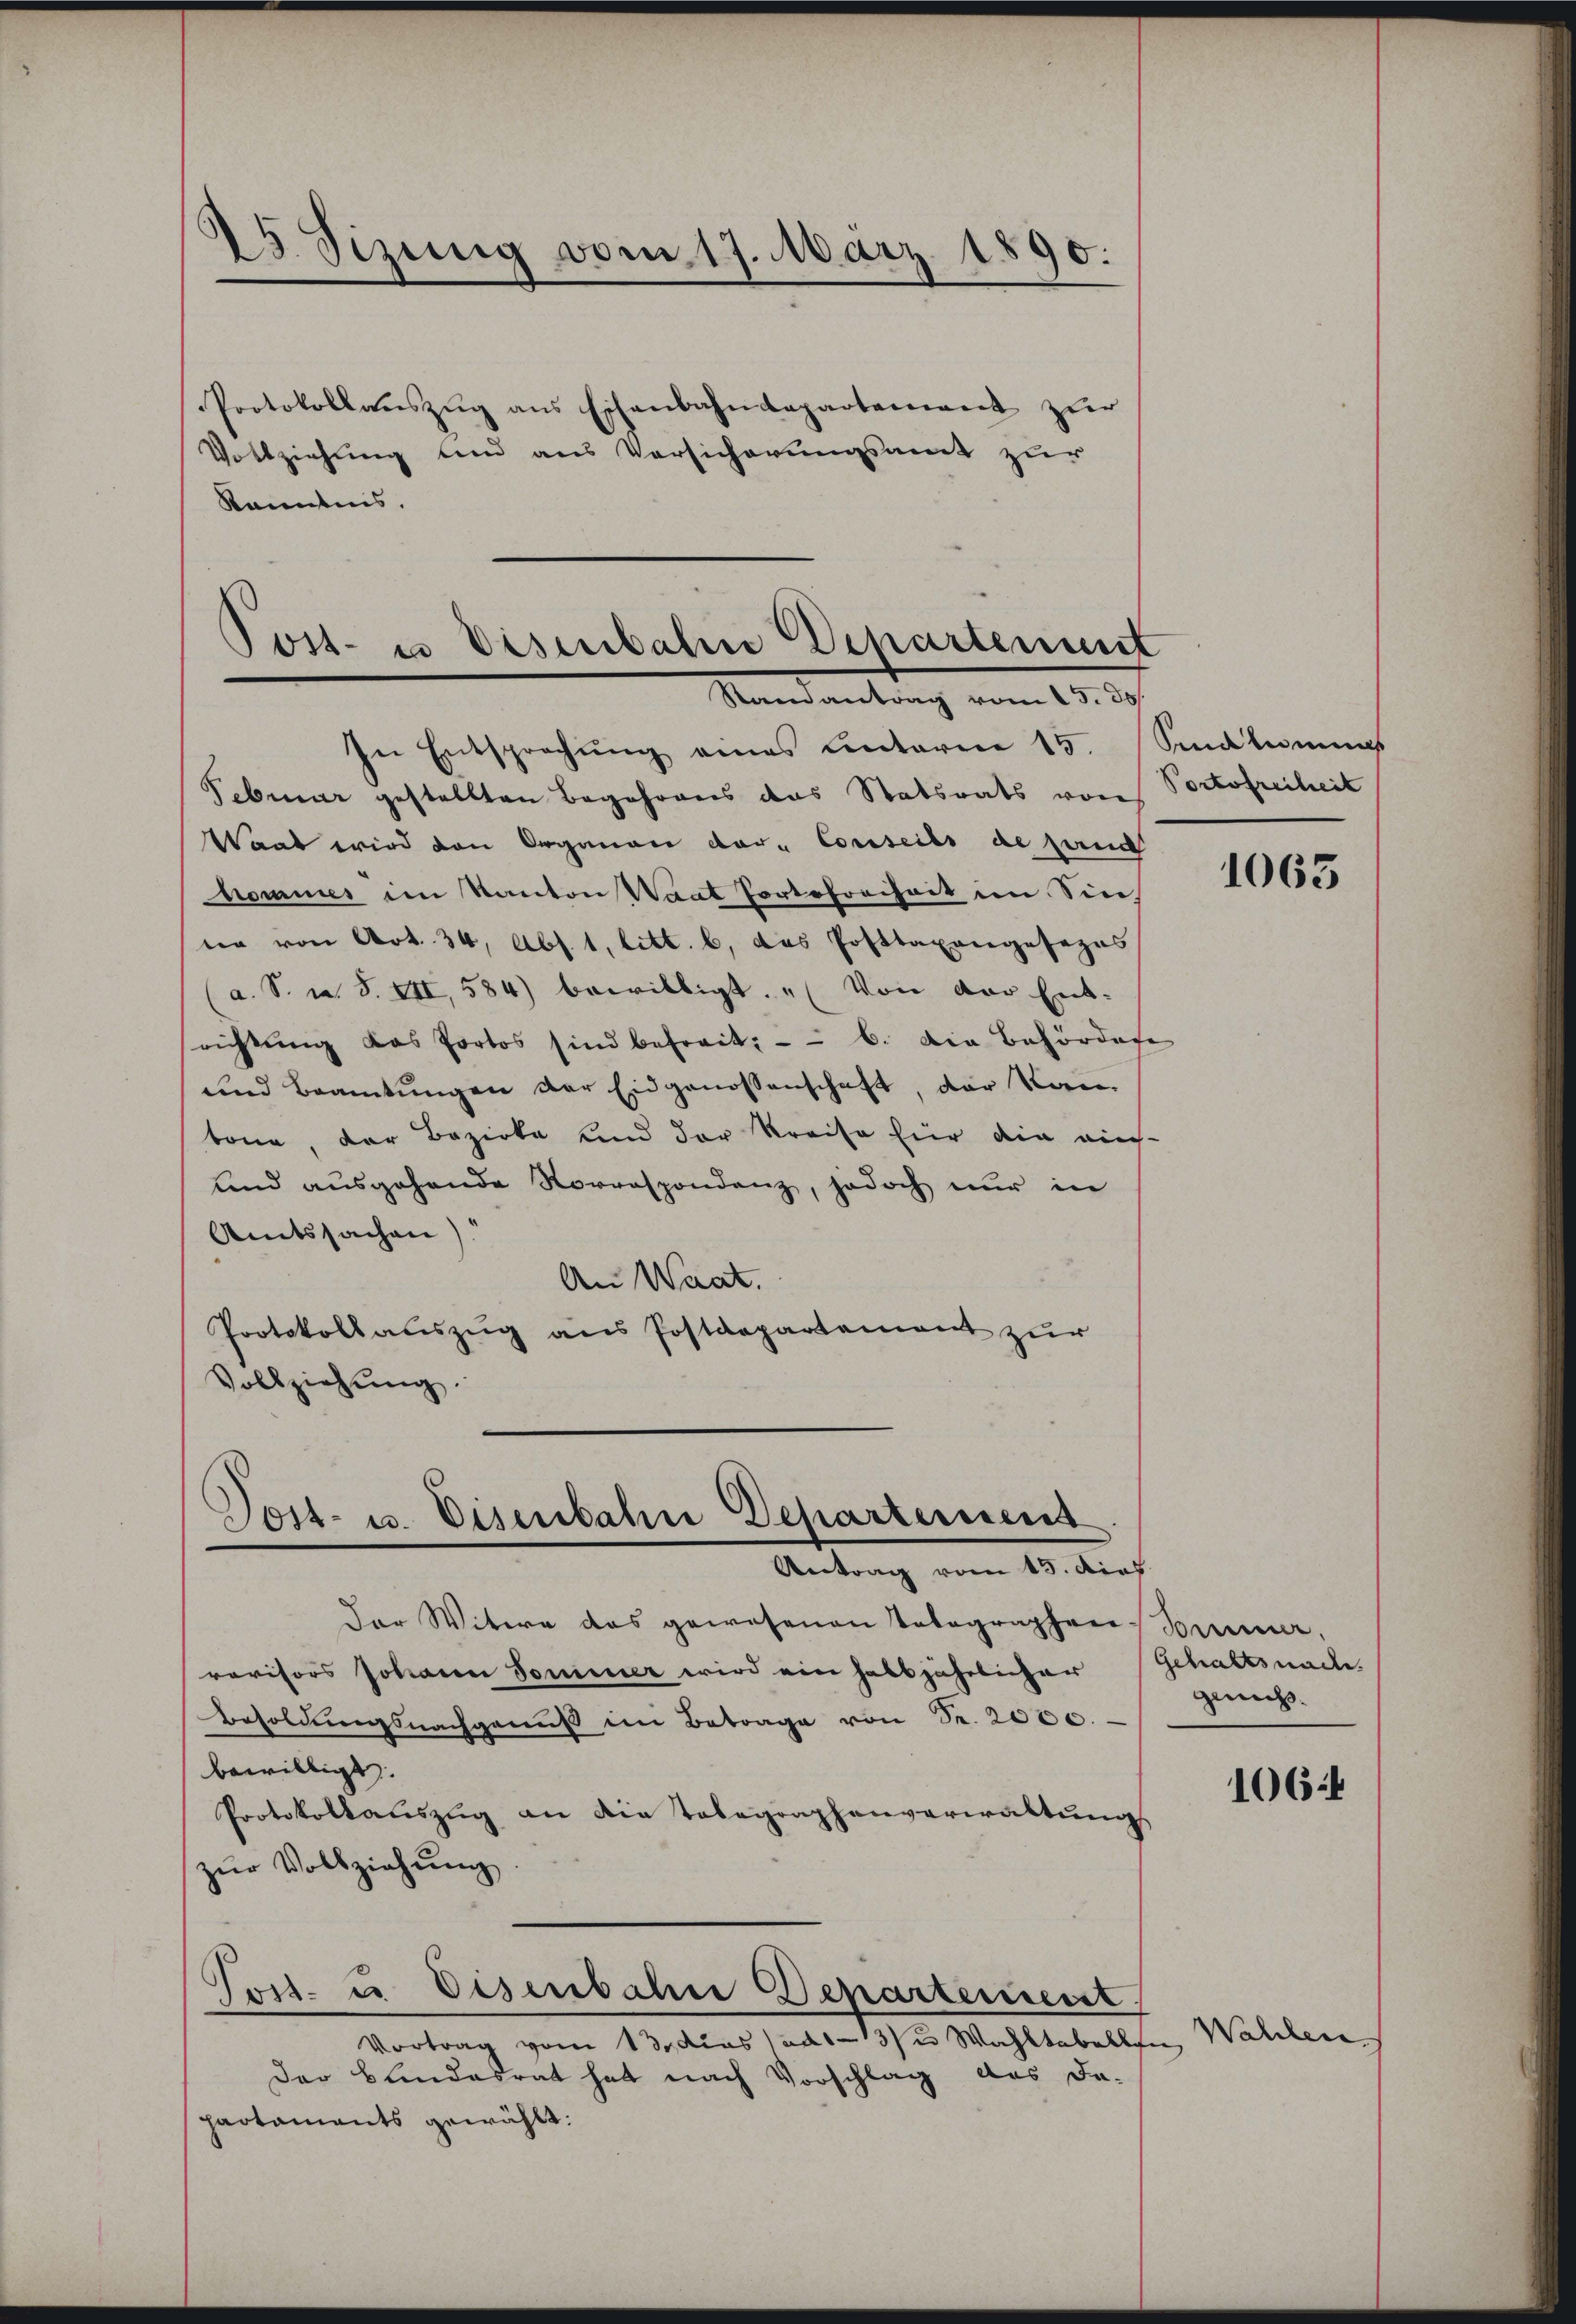
15 Sizung vom 17. März 1890.
Protokollaŭszŭg ans Eschenbahndepartenweit zur
Vollziehung und aus Versicherungsamt zur

Kenntnis.

Jost- u Deserbahne Departemmt
Raenantrag vom 15. 30.

Tost- u. Disenbahn Departeriens
Antrag vom 15. dies

In Entsprechŭng eines unterm 15. Salamus
Februar gestellten Begehrens das Statsrats von Portofreiheit
Waat wird den Organen der Conseils de sand
hommes im Kanton Waat Portofreiheit im Sin
ne von Art. 34, Abs. 1. litt. b. das Posttaxangesezes
a. S. u. S. XII, 584) bewilligt. „Von der Ent-
richtŭng das Portos sind befreit. b. Die Behördere
und Beamtŭngen der Eidgenossenschaft, der Kan
bone, der Bezirke und der Kreise hier die auch-
und ausgehende Korrespondenz, jedoch nur in
Amtssachen)
An Waat.
Protokollauszug aus Postdepartement zur
Vollziehŭng.

Der Witwe das gewesenen Totographen Sommer,
rovisors Johann Sommer wird ein halbjährlicher Gehaltsnach
Besoldŭngsnachganŭs im Betrage von Sr. 2000.
bewilligt.
Protokollauszug an die Tobegraphenverwaltung
zŭr Vollziehŭng

Vortrag vom 13. das ad 13/3 Wahltabellen
Der Blindesrat hat nach Vorschlag das Da-
pactaments gewählt:

Tost- u Eisenbahn Departement

1063

genuss.

1064

Wahlen